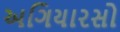
અગિયારસો